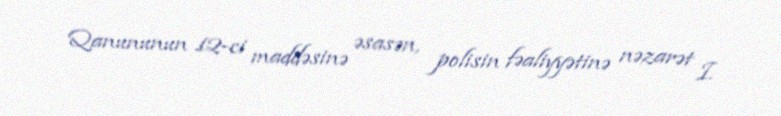
Qanununun 12-ci maddəsinə əsasən, polisin fəaliyyətinə nəzarət I.